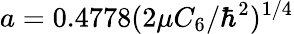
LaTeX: a=0.4778(2\mu C_{6}/\hbar^{2})^{1/4}